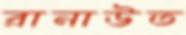
রানাউত